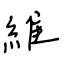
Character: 維